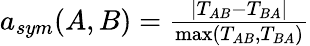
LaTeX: \begin{array}{r}{a_{sym}(A,B)=\frac{|T_{AB}-T_{BA}|}{\operatorname*{max}(T_{AB},T_{BA})}}\end{array}